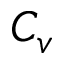
C _ { v }